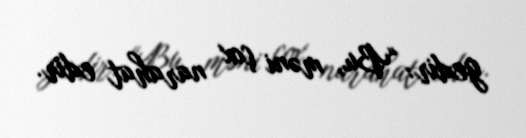
gedir: “Bu, məni çox narahat edir.